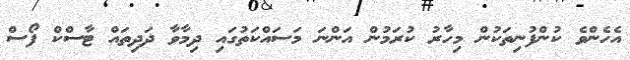
އެހެންވެ ކުންފުނިތަކުން މިހާރު ކުރަމުން އަންނަ މަސައްކަތުގައި ދިމާވާ ދަދިތައް ޓާސްކް ފޯސް